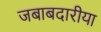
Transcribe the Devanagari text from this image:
जबाबदारीया